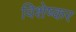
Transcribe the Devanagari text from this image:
विशेष्कर